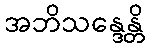
အဘိသန္ဒေန္တိ